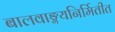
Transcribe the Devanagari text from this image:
बालवाङ्मयनिर्मितीत